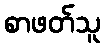
စာဖတ်သူ